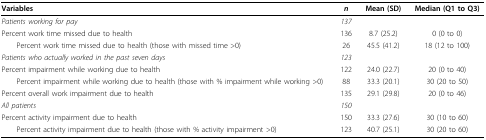
<table><thead><tr><td><b>Variables</b></td><td><b><i>n</i></b></td><td><b>Mean (SD)</b></td><td><b>Median (Q1 to Q3)</b></td></tr></thead><tbody><tr><td><i>Patients working for pay</i></td><td><i>137</i></td><td></td><td></td></tr><tr><td>Percent work time missed due to health</td><td>136</td><td>8.7 (25.2)</td><td>0 (0 to 0)</td></tr><tr><td> Percent work time missed due to health (those with missed time &gt;0)</td><td>26</td><td>45.5 (41.2)</td><td>18 (12 to 100)</td></tr><tr><td><i>Patients who actually worked in the past seven days</i></td><td><i>123</i></td><td></td><td></td></tr><tr><td>Percent impairment while working due to health</td><td>122</td><td>24.0 (22.7)</td><td>20 (0 to 40)</td></tr><tr><td> Percent impairment while working due to health (those with % impairment while working &gt;0)</td><td>88</td><td>33.3 (20.1)</td><td>30 (20 to 50)</td></tr><tr><td>Percent overall work impairment due to health</td><td>135</td><td>29.1 (29.8)</td><td>20 (0 to 46)</td></tr><tr><td><i>All patients</i></td><td><i>150</i></td><td></td><td></td></tr><tr><td>Percent activity impairment due to health</td><td>150</td><td>33.3 (27.6)</td><td>30 (10 to 60)</td></tr><tr><td> Percent activity impairment due to health (those with % activity impairment &gt;0)</td><td>123</td><td>40.7 (25.1)</td><td>30 (20 to 60)</td></tr></tbody></table>